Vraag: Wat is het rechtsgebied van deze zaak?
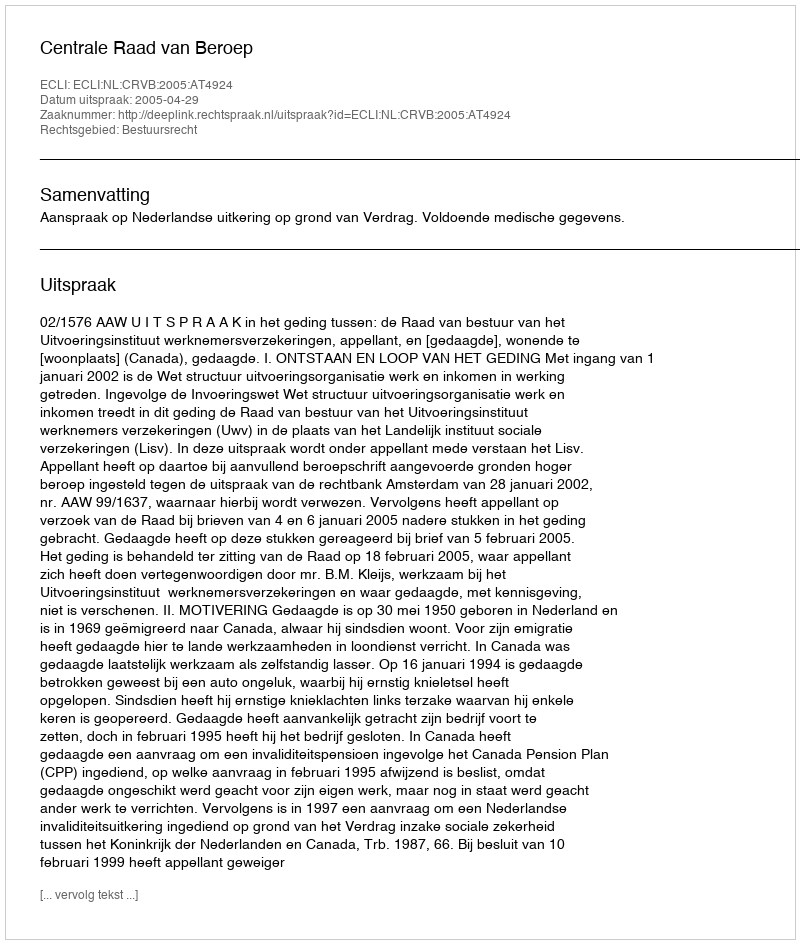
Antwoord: Bestuursrecht